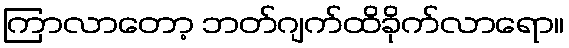
ကြာလာတော့ ဘတ်ဂျက်ထိခိုက်လာရော။